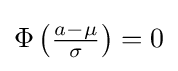
\Phi \left({\tfrac {a-\mu }{\sigma }}\right)=0